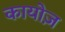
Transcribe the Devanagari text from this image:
कायोज़